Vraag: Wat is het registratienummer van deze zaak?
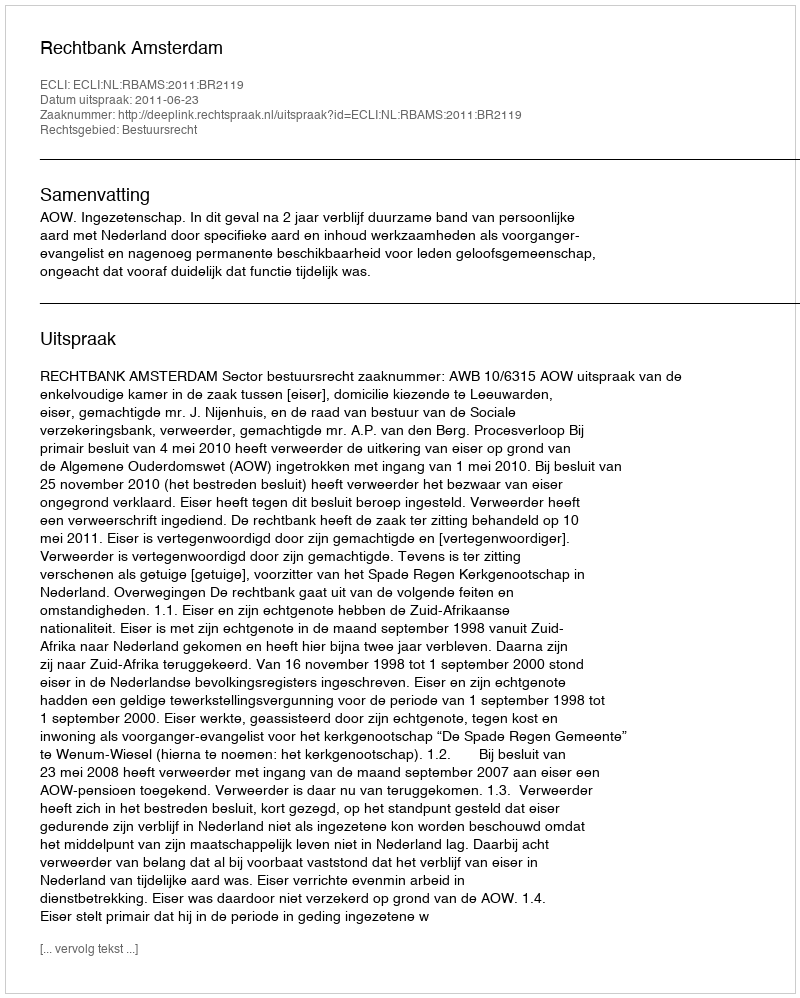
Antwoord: http://deeplink.rechtspraak.nl/uitspraak?id=ECLI:NL:RBAMS:2011:BR2119